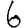
Digit: 6